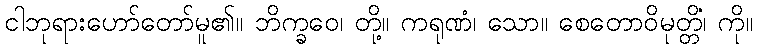
ငါဘုရားဟော်တော်မူ၏။ ဘိက္ခဝေ၊ တို့။ ကရုဏံ၊ သော။ စေတောဝိမုတ္တိံ၊ ကို။